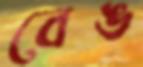
বেঙ